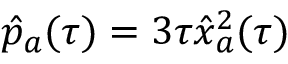
\hat { p } _ { a } ( \tau ) = 3 \tau \hat { x } _ { a } ^ { 2 } ( \tau )